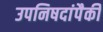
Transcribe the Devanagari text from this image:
उपनिषदांपैकी